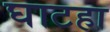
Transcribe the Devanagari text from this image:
घाटहा